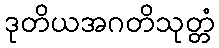
ဒုတိယအဂတိသုတ္တံ